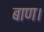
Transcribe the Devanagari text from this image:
बाण।